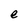
Character: e